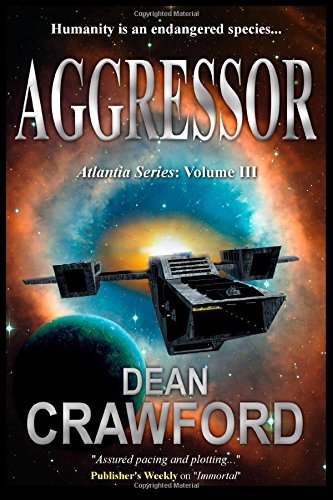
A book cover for Aggressor (Atlantia Series) (Volume 3); Dean Crawford; Science Fiction & Fantasy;